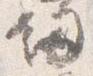
釼